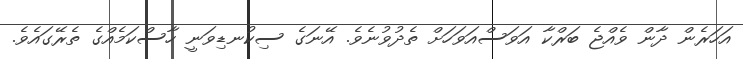
އަހަރެން ދާން ވެއްޖެ ބަރްކާ އަވަސްއަވަހަށް ތެދުވުނެވެ. އޭނަގެ ސިކުނޑިވަނީ ހާސްކަމެއްގެ ތެރޭގައެވެ.